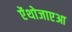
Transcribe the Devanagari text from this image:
ऐंथोजाएआ